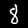
Digit: 8